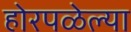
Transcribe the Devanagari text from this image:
होरपळेल्या